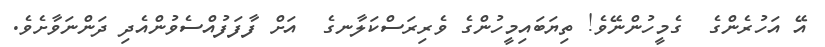
އޭ އަހުރެންގެ  ގެމީހުންނޭވެ! ތިޔަބައިމީހުންގެ ވެރިރަސްކަލާނގެ  އަށް ފާފަފުއްސެވުންއެދި ދަންނަވާށެވެ.